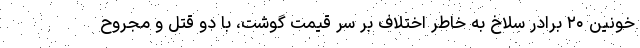
خونین ۲۰ برادر سلاخ به خاطر اختلاف بر سر قیمت گوشت، با دو قتل و مجروح